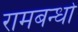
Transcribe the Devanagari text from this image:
रामबन्धो